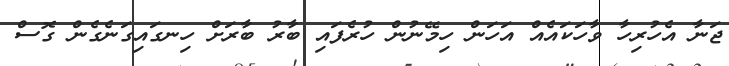
ޖަނާ އެހުރިހާ ވާހަކައެއް އަހަން ހިމޭނުން ހުރެފައި ބާރު ބާރަށް ހިނގައިގަނެގެން ގޮސް